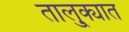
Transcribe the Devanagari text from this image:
तालु्क्यात